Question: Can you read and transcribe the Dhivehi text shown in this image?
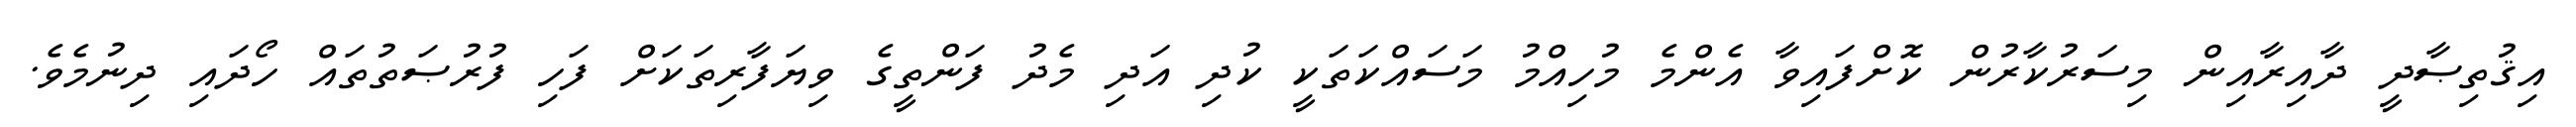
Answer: އިޤުތިޞާދީ ދާއިރާއިން މިސަރުކާރުން ކޮށްފައިވާ އެންމެ މުހިއްމު މަސައްކަތަކީ ކުދި އަދި މެދު ފަންތީގެ ވިޔަފާރިތަކަށް ފަހި ފުރުޞަތުތައް ހޯދައި ދިނުމެވެ.